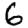
Digit: 6